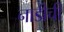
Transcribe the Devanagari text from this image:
नाडीची